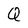
Character: Q